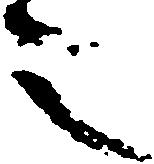
之